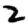
Digit: 2